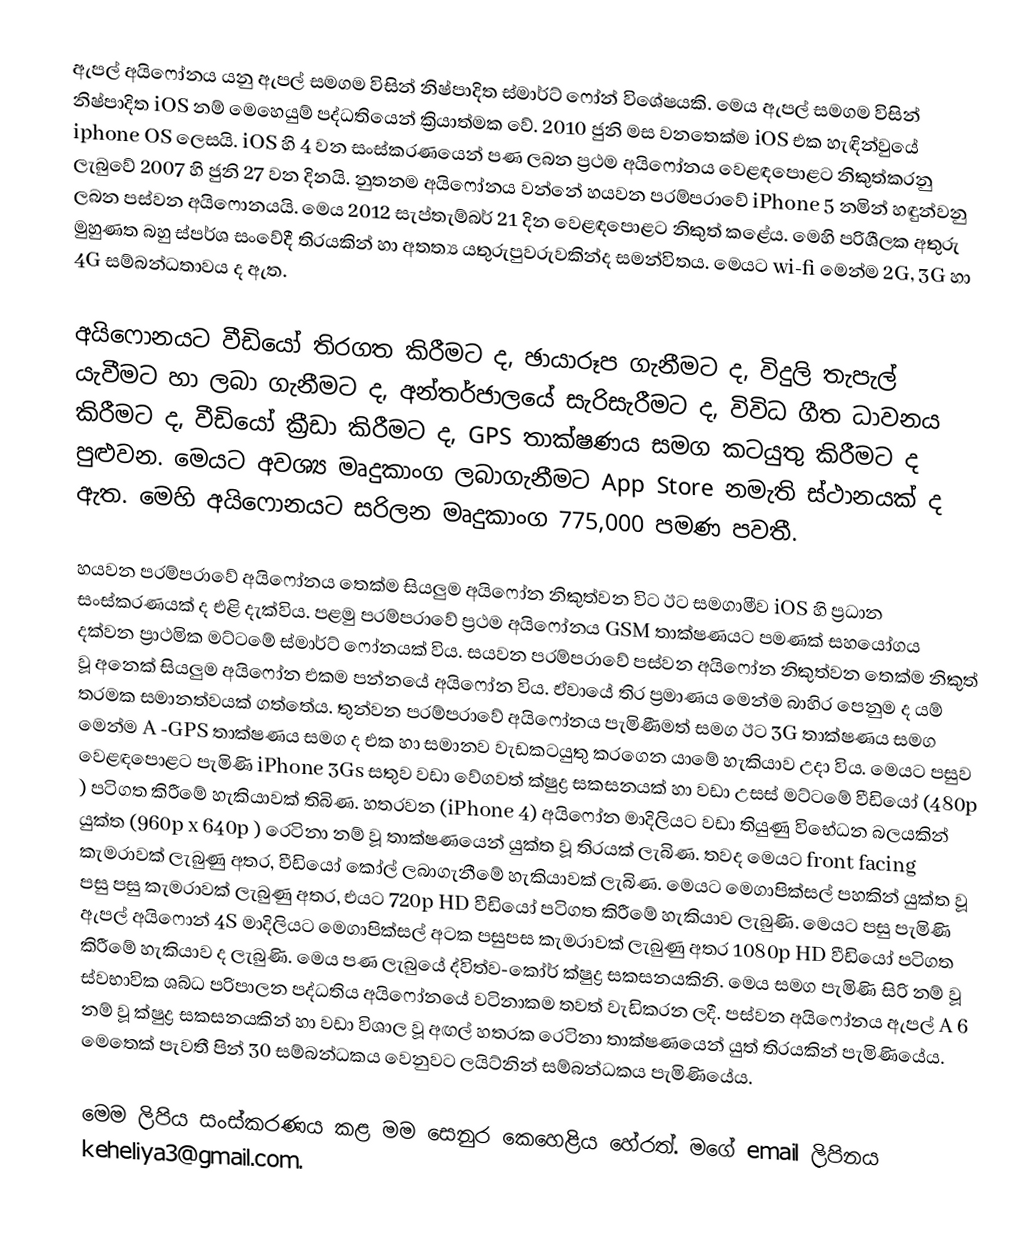
ඇපල් අයිෆෝනය යනු ඇපල්  සමගම විසින් නිෂ්පාදිත ස්මාර්ට් ෆෝන් විශේෂයකි. මෙය ඇපල්  සමගම විසින් නිෂ්පාදිත iOS  නම් මෙහෙයුම් පද්ධතියෙන් ක්‍රියාත්මක වේ. 2010 ජුනි මස වනතෙක්ම iOS එක හැඳින්වුයේ iphone OS  ලෙසයි. iOS හි 4 වන සංස්කරණයෙන් පණ ලබන ප්‍රථම අයිෆෝනය වෙළඳපොළට නිකුත්කරනු ලැබුවේ 2007 හි ජුනි 27 වන දිනයි. නුතනම අයිෆෝනය වන්නේ හයවන පරම්පරාවේ iPhone 5 නමින් හඳුන්වනු ලබන පස්වන අයිෆොනයයි. මෙය 2012 සැප්තැම්බර් 21 දින වෙළඳපොළට නිකුත්  කළේය. මෙහි පරිශීලක අතුරු මුහුණත බහු ස්පර්ශ සංවේදී තිරයකින් හා අතත්‍ය යතුරුපුවරුවකින්ද සමන්විතය. මෙයට wi-fi මෙන්ම 2G, 3G හා 4G සම්බන්ධතාවය ද ඇත.

අයිෆොනයට වීඩියෝ තිරගත කිරීමට ද, ඡායාරූප ගැනීමට ද, විදුලි තැපැල් යැවීමට හා ලබා ගැනීමට ද, අන්තර්ජාලයේ සැරිසැරීමට ද, විවිධ ගීත ධාවනය කිරීමට ද, වීඩියෝ ක්‍රීඩා කිරීමට ද, GPS තාක්ෂණය සමග කටයුතු කිරීමට ද පුළුවන. මෙයට අවශ්‍ය මෘදුකාංග ලබාගැනීමට App Store නමැති ස්ථානයක් ද ඇත. මෙහි අයිෆොනයට සරිලන මෘදුකාංග 775,000 පමණ පවතී.

හයවන පරම්පරාවේ අයිෆෝනය තෙක්ම සියලුම අයිෆෝන නිකුත්වන විට ඊට සමගාමීව iOS  හි ප්‍රධාන සංස්කරණයක් ද එළි දැක්විය. පළමු පරම්පරාවේ ප්‍රථම අයිෆෝනය GSM  තාක්ෂණයට පමණක් සහයෝගය දක්වන ප්‍රාථමික මට්ටමේ ස්මාර්ට් ෆෝනයක් විය. සයවන පරම්පරාවේ පස්වන අයිෆෝන නිකුත්වන තෙක්ම නිකුත් වූ අනෙක් සියලුම අයිෆෝන එකම පන්නයේ අයිෆෝන විය. ඒවායේ තිර ප්‍රමාණය මෙන්ම බාහිර පෙනුම ද යම් තරමක සමානත්වයක් ගත්තේය. තුන්වන පරම්පරාවේ අයිෆෝනය පැමිණීමත් සමග ඊට 3G  තාක්ෂණය සමග  මෙන්ම A -GPS තාක්ෂණය සමග ද එක හා සමානව වැඩකටයුතු කරගෙන යාමේ හැකියාව උදා විය. මෙයට පසුව වෙළඳපොළට පැමිණි iPhone 3Gs  සතුව වඩා වේගවත් ක්ෂුද්‍ර සකසනයක් හා වඩා උසස් මට්ටමේ වීඩියෝ (480p ) පටිගත කිරීමේ හැකියාවක් තිබිණ. හතරවන (iPhone 4) අයිෆෝන මාදිලියට වඩා තියුණු විභේධන බලයකින් යුක්ත (960p x 640p ) රෙටිනා නම් වූ තාක්ෂණයෙන් යුක්ත වූ තිරයක් ලැබිණ. තවද මෙයට front facing කැමරාවක් ලැබුණු අතර, වීඩියෝ කෝල් ලබාගැනීමේ හැකියාවක් ලැබිණ. මෙයට මෙගාපික්සල් පහකින් යුක්ත වූ පසු පසු කැමරාවක් ලැබුණු අතර, එයට 720p  HD  වීඩියෝ පටිගත කිරීමේ හැකියාව ලැබුණි. මෙයට පසු පැමිණි ඇපල්  අයිෆොන් 4S  මාදිලියට මෙගාපික්සල් අටක පසුපස  කැමරාවක් ලැබුණු අතර 1080p  HD  වීඩියෝ පටිගත කිරීමේ හැකියාව ද ලැබුණි. මෙය පණ ලැබුයේ ද්විත්ව-කෝර්  ක්ෂුද්‍ර සකසනයකිනි. මෙය සමග පැමිණි සිරි නම් වූ ස්වභාවික ශබ්ධ පරිපාලන පද්ධතිය අයිෆෝනයේ වටිනාකම තවත් වැඩිකරන ලදී. පස්වන අයිෆෝනය ඇපල්  A 6 නම් වූ ක්ෂුද්‍ර සකසනයකින් හා වඩා විශාල වූ අඟල් හතරක රෙටිනා තාක්ෂණයෙන් යුත් තිරයකින් පැමිණියේය. මෙතෙක් පැවතී පින් 30 සම්බන්ධකය වෙනුවට ලයිට්නින් සම්බන්ධකය පැමිණියේය.

මෙම ලිපිය සංස්කරණය කළ මම සෙනුර කෙහෙළිය හේරත්. මගේ email ලිපිනය keheliya3@gmail.com.